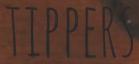
TIPPERS